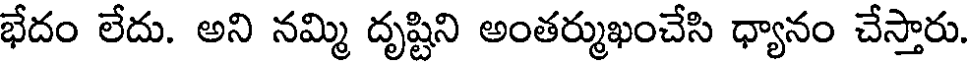
భేదం లేదు. అని నమ్మి దృష్టిని అంతర్ముఖంచేసి ధ్యానం చేస్తారు.